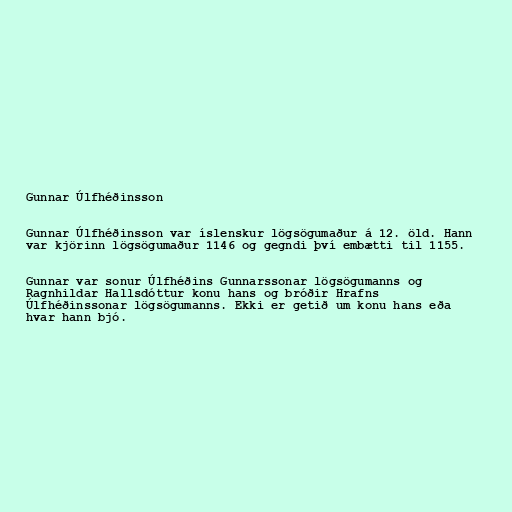
Gunnar Úlfhéðinsson

Gunnar Úlfhéðinsson var íslenskur lögsögumaður á 12. öld. Hann
var kjörinn lögsögumaður 1146 og gegndi því embætti til 1155.

Gunnar var sonur Úlfhéðins Gunnarssonar lögsögumanns og
Ragnhildar Hallsdóttur konu hans og bróðir Hrafns
Úlfhéðinssonar lögsögumanns. Ekki er getið um konu hans eða
hvar hann bjó.